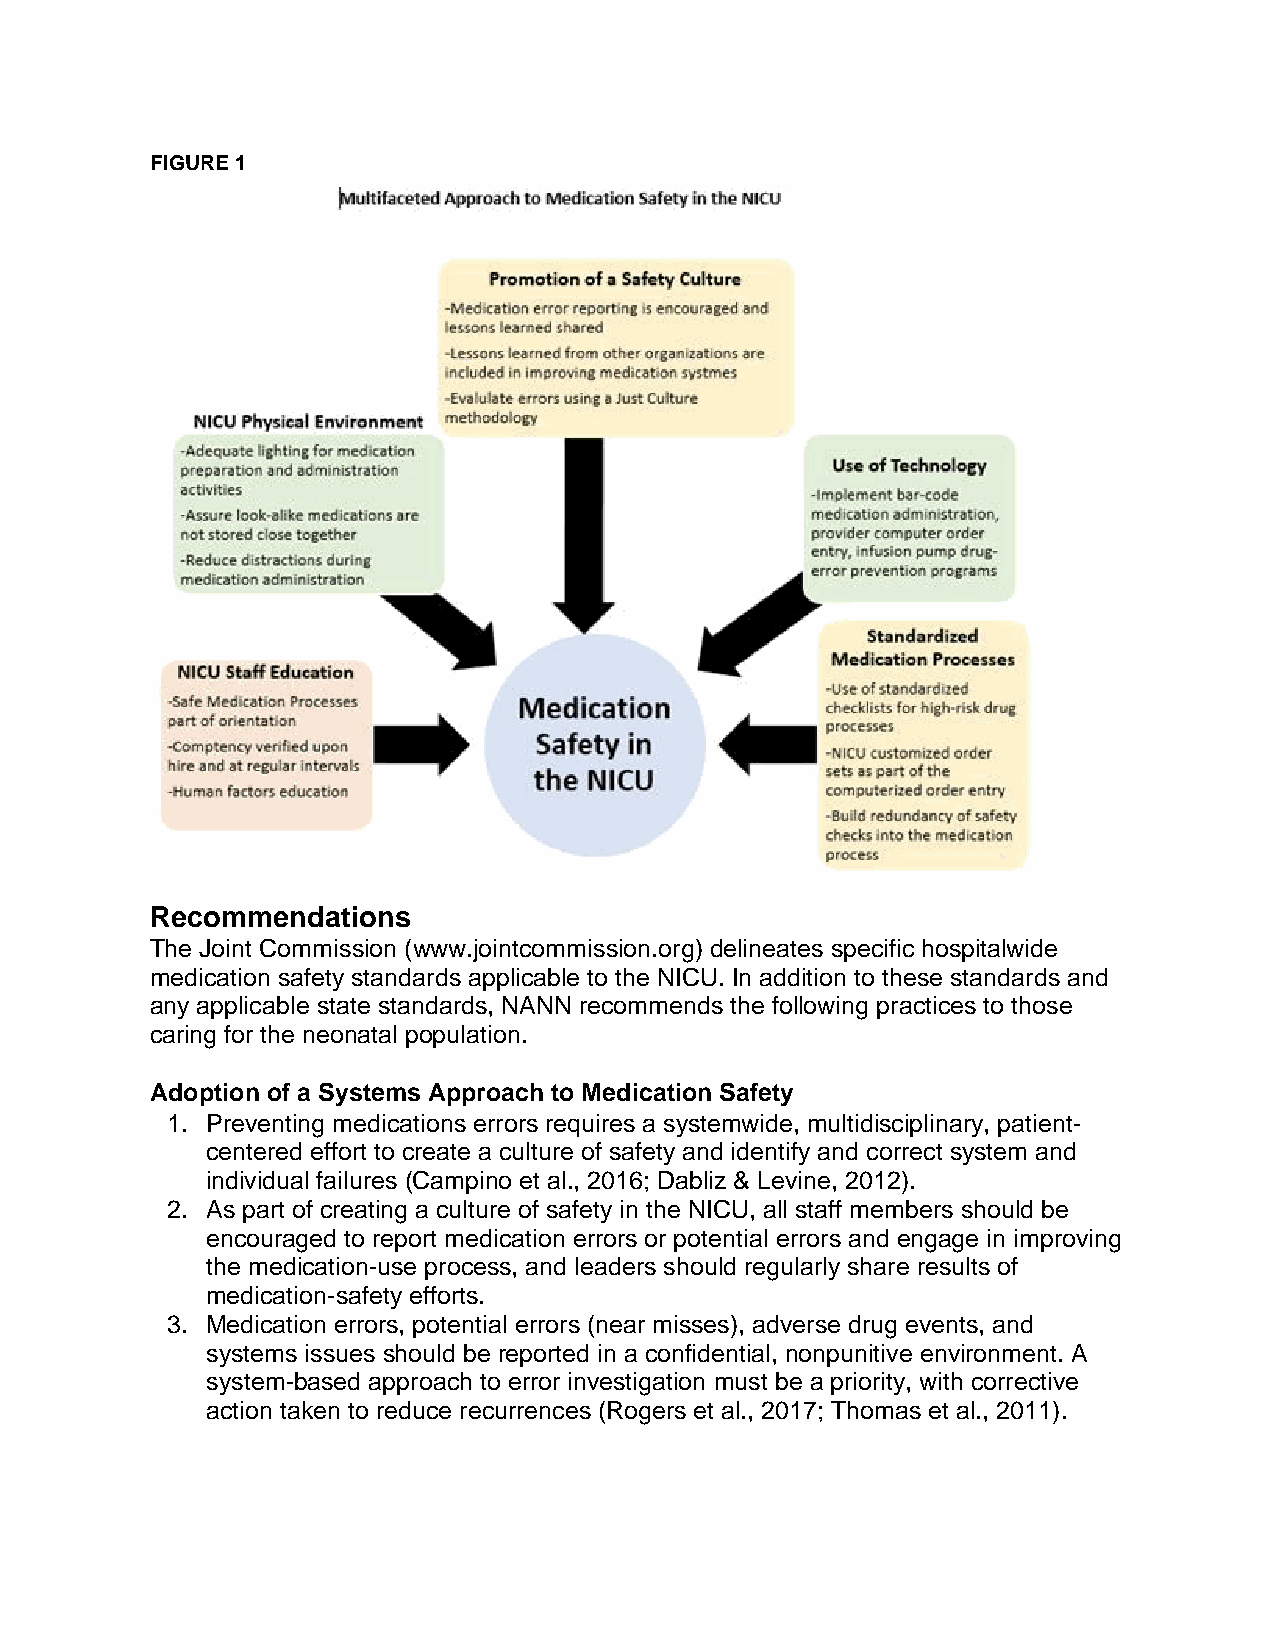
FIGURE 1
 Recommendations
 The Joint Commission (www.jointcommission.org) delineates specific hospitalwide
 medication safety standards applicable to the NICU. In addition to these standards and
 any applicable state standards, NANN recommends the following practices to those
 caring for the neonatal population.
 Adoption of a Systems Approach to Medication Safety
 1. Preventing medications errors requires a systemwide, multidisciplinary, patient-
 centered effort to create a culture of safety and identify and correct system and
 individual failures (Campino et al., 2016; Dabliz & Levine, 2012).
 2. As part of creating a culture of safety in the NICU, all staff members should be
 encouraged to report medication errors or potential errors and engage in improving
 the medication-use process, and leaders should regularly share results of
 medication-safety efforts.
 3. Medication errors, potential errors (near misses), adverse drug events, and
 systems issues should be reported in a confidential, nonpunitive environment. A
 system-based approach to error investigation must be a priority, with corrective
 action taken to reduce recurrences (Rogers et al., 2017; Thomas et al., 2011).